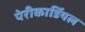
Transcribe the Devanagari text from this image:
पेरीकार्डियल